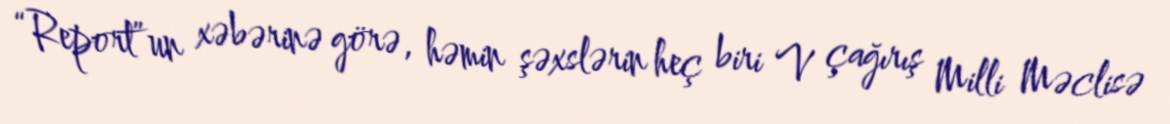
“Report”un xəbərinə görə, həmin şəxslərin heç biri V çağırış Milli Məclisə